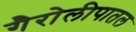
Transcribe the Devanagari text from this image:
गैरोलीपातल